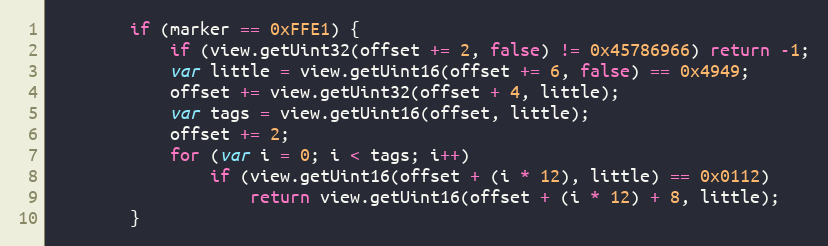
Language: JavaScript
        if (marker == 0xFFE1) {
            if (view.getUint32(offset += 2, false) != 0x45786966) return -1;
            var little = view.getUint16(offset += 6, false) == 0x4949;
            offset += view.getUint32(offset + 4, little);
            var tags = view.getUint16(offset, little);
            offset += 2;
            for (var i = 0; i < tags; i++)
                if (view.getUint16(offset + (i * 12), little) == 0x0112)
                    return view.getUint16(offset + (i * 12) + 8, little);
        }